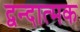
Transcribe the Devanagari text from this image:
द्वन्दात्मक